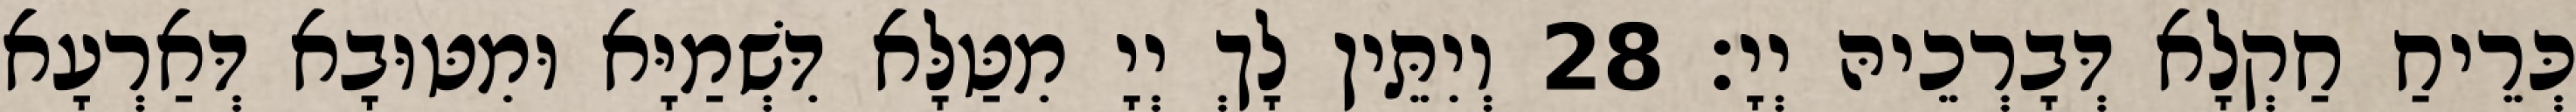
כְּרֵיחַ חַקְלָא דְּבָרְכֵיהּ יְיָ׃ 28 וְיִתֵּין לָךְ יְיָ מִטַּלָּא דִּשְׁמַיָּא וּמִטּוּבָא דְּאַרְעָא